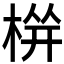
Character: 𱣫